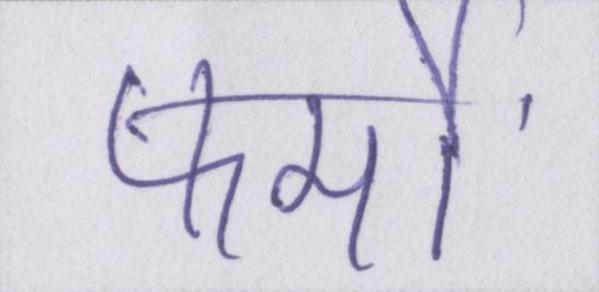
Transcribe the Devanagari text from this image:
फर्मों